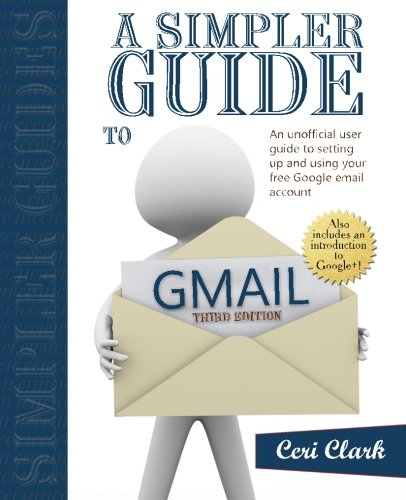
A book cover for A Simpler Guide to Gmail: An unofficial user guide to setting up and using your free Google email account (Simpler Guides); Ceri Clark; Computers & Technology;